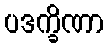
ပဒက္ခိဏာ